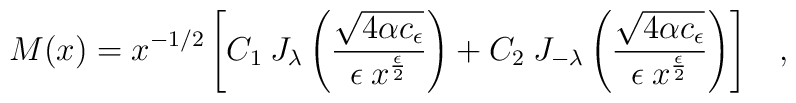
M(x)=x^{-1/2}\left[C_1\> J_{\lambda}\left(\frac{\sqrt{4\alpha c_{\epsilon}}}{\epsilon \>  x^{\epsilon \over 2}}\right)+C_2 \> J_{-{\lambda}}\left(\frac{\sqrt{4\alpha c_{\epsilon}}}{\epsilon \>  x^{\epsilon \over 2}}\right)\right]\;\;\;,